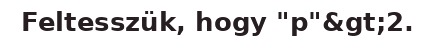
Feltesszük, hogy "p"&gt;2.